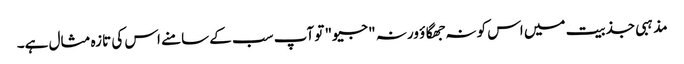
مذہبی جذبیت میں اس کو نہ جھگاؤ ورنہ "جیو" تو آپ سب کے سامنے اس کی تازہ مثال ہے۔